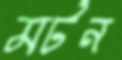
মর্টন